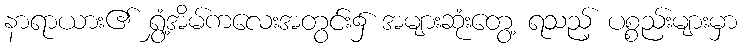
နာရာယား၏ ရွှံ့အိမ်ကလေးအတွင်း၌ အများဆုံးတွေ့ ရသည့် ပစ္စည်းများမှာ